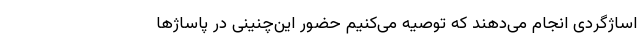
اساژگردی انجام می‌دهند که توصیه می‌کنیم حضور این‌چنینی در پاساژها